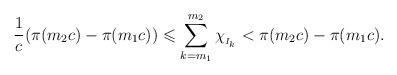
LaTeX: \begin{align*}\frac{1}{c}(\pi(m_2 c)-\pi(m_1 c))\leqslant\sum_{k=m_1}^{m_2}\chi_{_{I_k}}< \pi(m_2 c)-\pi(m_1 c).\end{align*}